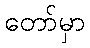
တော်မှာ